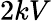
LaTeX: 2kV